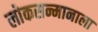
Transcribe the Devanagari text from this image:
लोकसन्मानाला